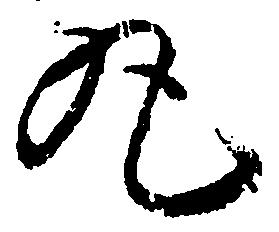
丸